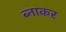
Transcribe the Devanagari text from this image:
ब्नाकर